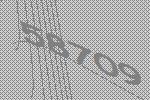
58709